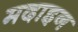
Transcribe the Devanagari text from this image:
मदाइन